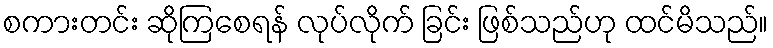
စကားတင်း ဆိုကြစေရန် လုပ်လိုက် ခြင်း ဖြစ်သည်ဟု ထင်မိသည်။